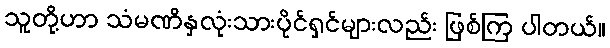
သူတို့ဟာ သံမဏိနှလုံးသားပိုင်ရှင်များလည်း ဖြစ်ကြ ပါတယ်။